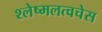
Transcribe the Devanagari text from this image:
श्लेष्मलत्वचेस